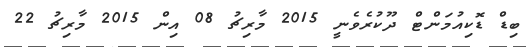
ބިޑް ޑޮކިއުމަންޓް ދޫކުރެވެނީ 2015 މާރިޗު 08 އިން 2015 މާރިޗު 22